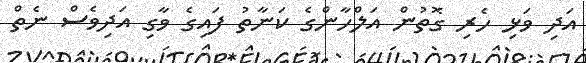
އަދި ވަޅި ހެރި ގޮތުން އަލްހާންގެ ކަނާތު ފައިގެ ވާގި އަދިވެސް ނެތް